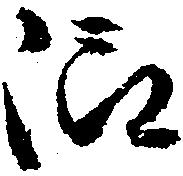
仰